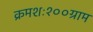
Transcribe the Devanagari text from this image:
क्रमशः१००ग्राम